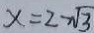
x = 2 - \sqrt { 3 }